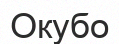
Окубо